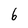
Character: 6